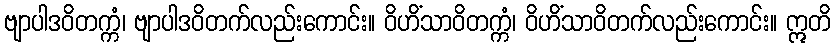
ဗျာပါဒဝိတက္ကံ၊ ဗျာပါဒဝိတက်လည်းကောင်း။ ဝိဟိံသာဝိတက္ကံ၊ ဝိဟိံသာဝိတက်လည်းကောင်း။ ဣတိ